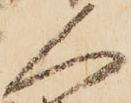
人